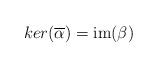
LaTeX: \begin{align*} ker(\overline{\alpha})=\operatorname{im}(\beta)\end{align*}